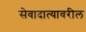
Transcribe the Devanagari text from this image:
सेवादात्यावरील